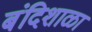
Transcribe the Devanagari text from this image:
बंदिशाळा